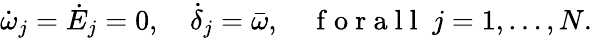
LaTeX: \dot{\omega}_{j}=\dot{E}_{j}=0,\quad\dot{\delta}_{j}=\bar{\omega},\quad\mathrm{~f~o~r~a~l~l~}\; j=1,\ldots,N.